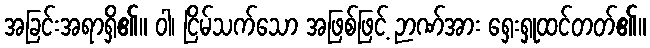
အခြင်းအရာရှိ၏။ ဝါ၊ ငြိမ်သက်သော အဖြစ်ဖြင့် ဉာဏ်အား ရှေးရှုထင်တတ်၏။